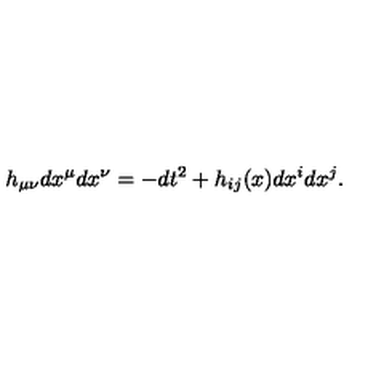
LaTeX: h _ { \mu \nu } d x ^ { \mu } d x ^ { \nu } = - d t ^ { 2 } + h _ { i j } ( x ) d x ^ { i } d x ^ { j } .